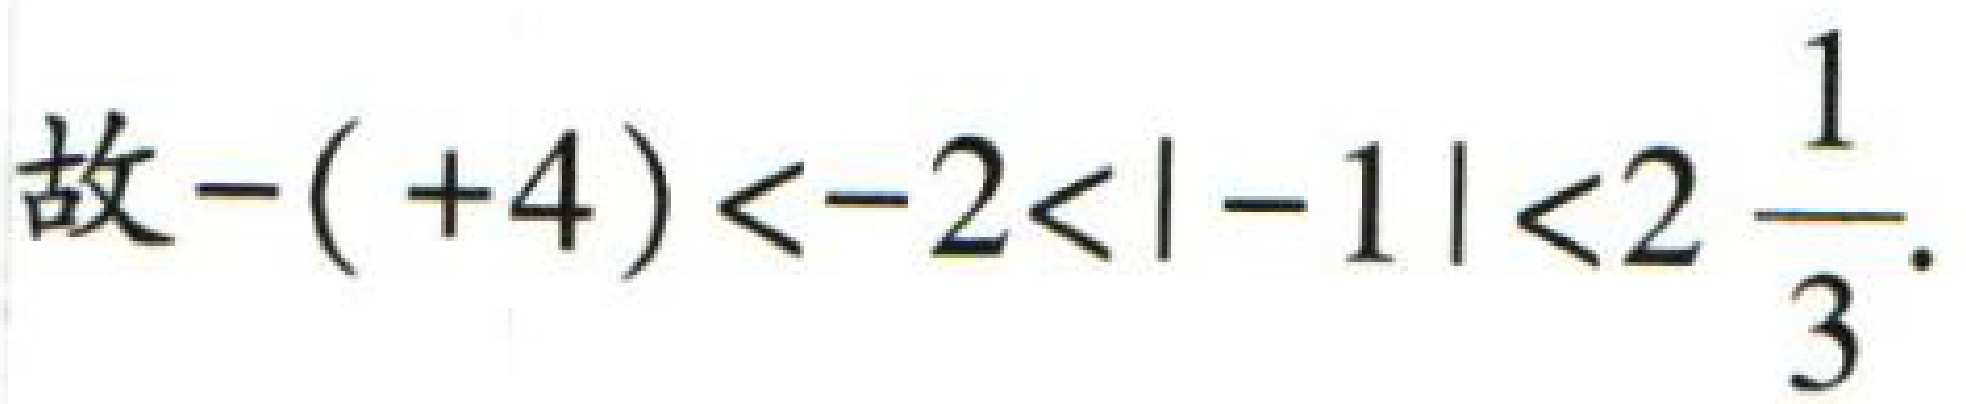
故\(-( + 4) < - 2 < | - 1 | < 2\frac{1}{3}\).